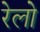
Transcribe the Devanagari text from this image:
रेलो